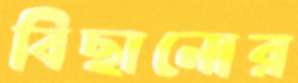
বিছানোর